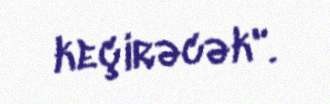
keçirəcək".